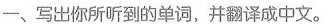
一、写出你所听到的单词，并翻译成中文。